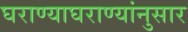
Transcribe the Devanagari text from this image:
घराण्याघराण्यांनुसार